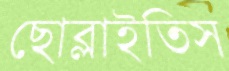
ছোব্‌লাইতিস